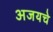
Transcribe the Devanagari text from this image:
अजयचे